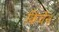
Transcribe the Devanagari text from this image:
किर्चेन